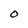
Character: O